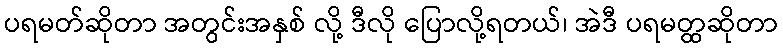
ပရမတ်ဆိုတာ အတွင်းအနှစ် လို့ ဒီလို ပြောလို့ရတယ်၊ အဲဒီ ပရမတ္ထဆိုတာ